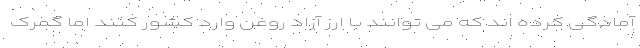
آمادگی کرده اند که می توانند با ارز آزاد روغن وارد کشور کنند اما گمرک